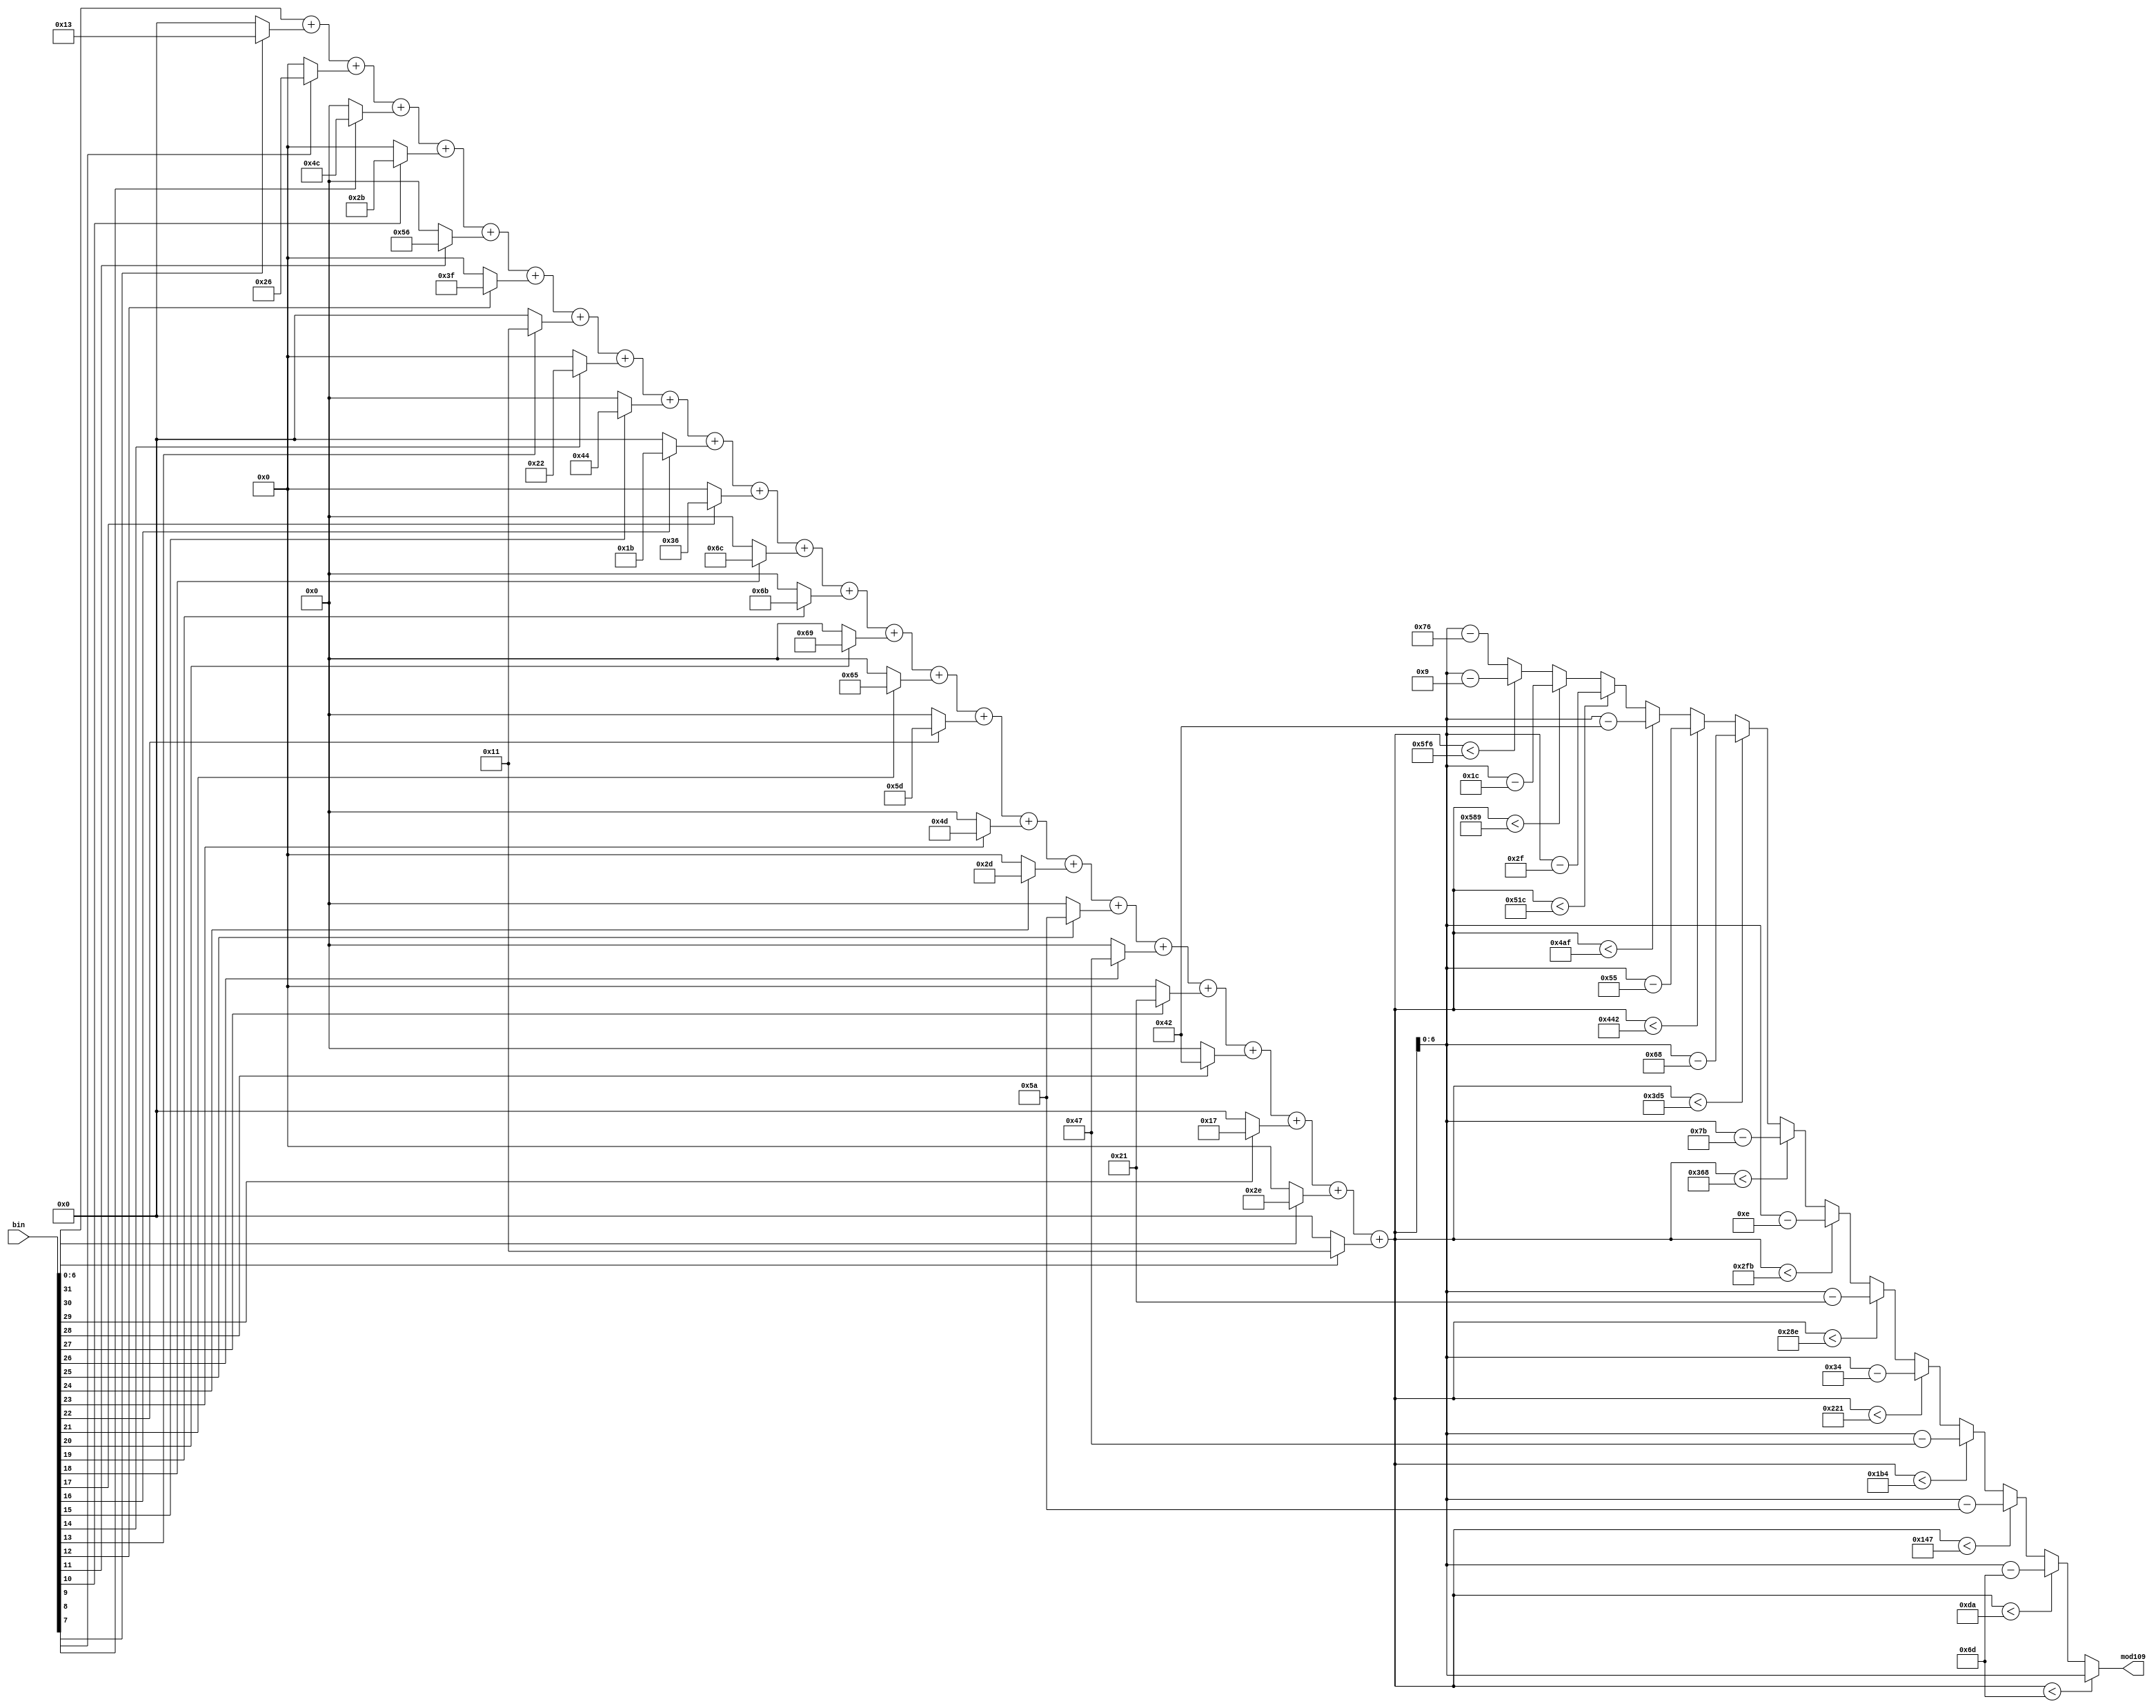
`timescale 1ns / 1ps
//////////////////////////////////////////////////////////////////////////////////
// Company: 
// Engineer: 
// 
// Design Name: 
// Module Name: modulo109n
// Project Name: 
// Target Devices: 
// Tool Versions: 
// Description: 
// 
// Dependencies: 
// 
// Revision:
// Revision 0.01 - File Created
// Additional Comments:
// 
//////////////////////////////////////////////////////////////////////////////////


module modulo109n(input [31:0] bin, output reg [6:0] mod109);
wire [6:0] s31,s30,s29,s28,s27,s26,s25,s24,s23,s22,s21,s20,s19,s18,s17,s16,s15,s14,s13,s12,s11,s10,s9,s8,s7;
wire [10:0] sum;

//refer to modulo101n module to understand the logic
assign s31 = bin[31] ? 7'd17 : 7'd0;
assign s30 = bin[30] ? 7'd46 : 7'd0;
assign s29 = bin[29] ? 7'd23 : 7'd0;
assign s28 = bin[28] ? 7'd66 : 7'd0;
assign s27 = bin[27] ? 7'd33 : 7'd0;
assign s26 = bin[26] ? 7'd71 : 7'd0;
assign s25 = bin[25] ? 7'd90 : 7'd0;
assign s24 = bin[24] ? 7'd45 : 7'd0;
assign s23 = bin[23] ? 7'd77 : 7'd0;
assign s22 = bin[22] ? 7'd93 : 7'd0;
assign s21 = bin[21] ? 7'd101 : 7'd0;
assign s20 = bin[20] ? 7'd105 : 7'd0;
assign s19 = bin[19] ? 7'd107 : 7'd0;
assign s18 = bin[18] ? 7'd108 : 7'd0;
assign s17 = bin[17] ? 7'd54 : 7'd0;
assign s16 = bin[16] ? 7'd27 : 7'd0;
assign s15 = bin[15] ? 7'd68 : 7'd0;
assign s14 = bin[14] ? 7'd34 : 7'd0;
assign s13 = bin[13] ? 7'd17 : 7'd0;
assign s12 = bin[12] ? 7'd63 : 7'd0;
assign s11 = bin[11] ? 7'd86 : 7'd0;
assign s10 = bin[10] ? 7'd43 : 7'd0;
assign s9 = bin[9] ? 7'd76 : 7'd0;
assign s8 = bin[8] ? 7'd38 : 7'd0;
assign s7 = bin[7] ? 7'd19 : 7'd0;

assign sum = bin[6:0]+s7+s8+s9+s10+s11+s12+s13+s14+s15+s16+s17+s18+s19+s20+s21+s22+s23+s24+s25+s26+s27+s28+s29+s30+s31;

always@(*)
begin
    if(sum < 12'd109)
        mod109 = sum;
    else if(sum < 12'd218)
        mod109 = sum - 12'd109;
    else if(sum < 12'd327)
        mod109 = sum - 12'd218;
    else if(sum < 12'd436)
        mod109 = sum - 12'd327;
    else if(sum < 12'd545)
        mod109 = sum - 12'd436;
    else if(sum < 12'd654)
        mod109 = sum - 12'd545;
    else if(sum < 12'd763)
        mod109 = sum - 12'd654;
    else if(sum < 12'd872)
        mod109 = sum - 12'd763;
    else if(sum < 12'd981)
        mod109 = sum - 12'd872;
    else if(sum < 12'd1090)
        mod109 = sum - 12'd981;
    else if(sum < 12'd1199)
        mod109 = sum - 12'd1090;
    else if(sum < 12'd1308)
        mod109 = sum - 12'd1199;
    else if(sum < 12'd1417)
        mod109 = sum - 12'd1308;
    else if(sum < 12'd1526)
        mod109 = sum - 12'd1417;
    else
        mod109 = sum - 12'd1526;     

end
endmodule